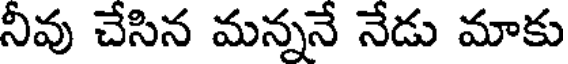
నీవు చేసిన మన్ననే నేడు మాకు